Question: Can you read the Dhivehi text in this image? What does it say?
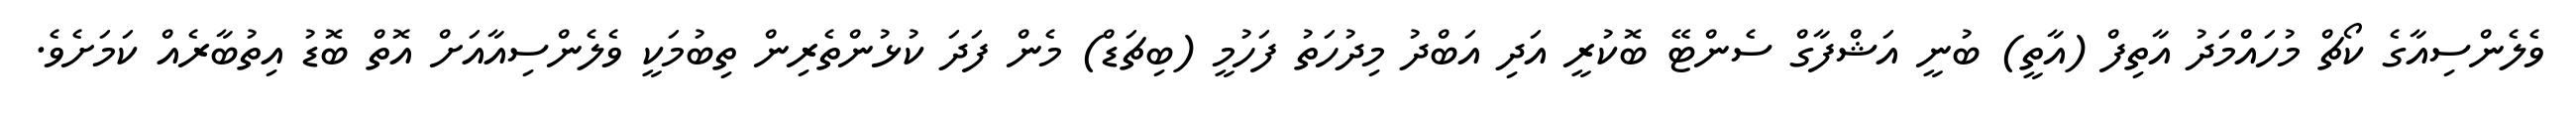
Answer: ވެލެންސިއާގެ ކޯޗް މުހައްމަދު އާތިފް (އާތީ) ބުނީ އަޝްފާގް ސެންޓޭ ބޮކުރީ އަދި އަބްދު މިދުހަތު ފަހުމީ (ބިޗަޑް) މެން ފަދަ ކުޅުންތެރިން ތިބުމަކީ ވެލެންސިއާއަށް އޮތް ބޮޑު އިތުބާރެއް ކަމަށެވެ.